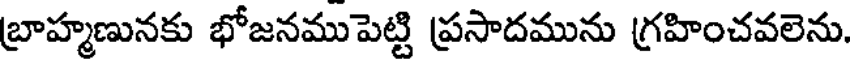
బ్రాహ్మణునకు భోజనముపెట్టి ప్రసాదమును గ్రహించవలెను.